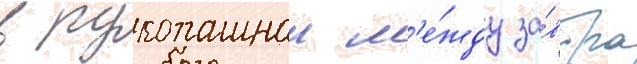
в рукопашнои м'е́жду за́втра